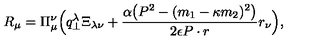
R _ { \mu } = \Pi _ { \mu } ^ { \nu } \Bigl ( q _ { \bot } ^ { \lambda } \Xi _ { \lambda \nu } + \frac { \alpha \bigl ( P ^ { 2 } - ( m _ { 1 } - \kappa m _ { 2 } ) ^ { 2 } \bigr ) } { 2 \epsilon P \cdot r } r _ { \nu } \Bigr ) ,